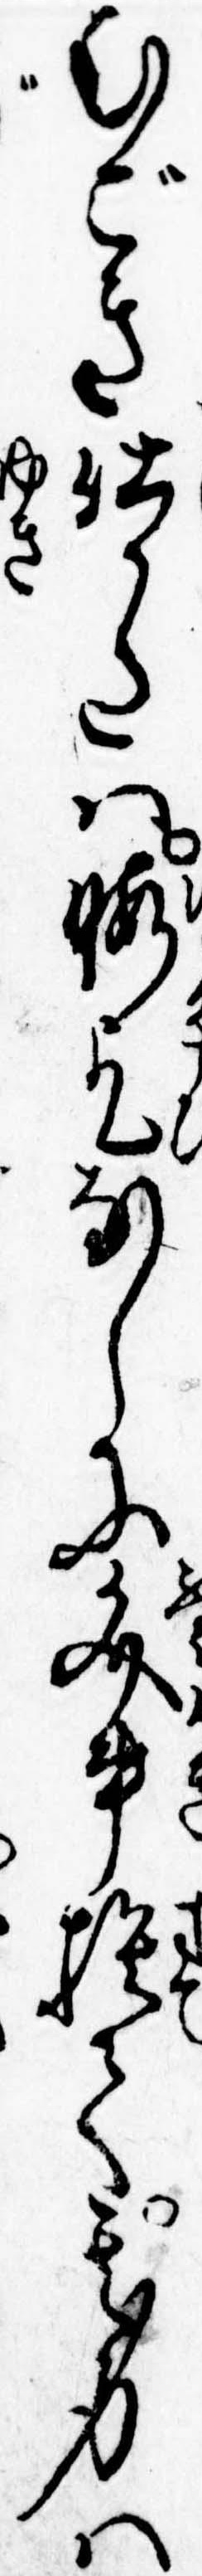
むごき仕かたは暇乞なしに文書捨て其身は